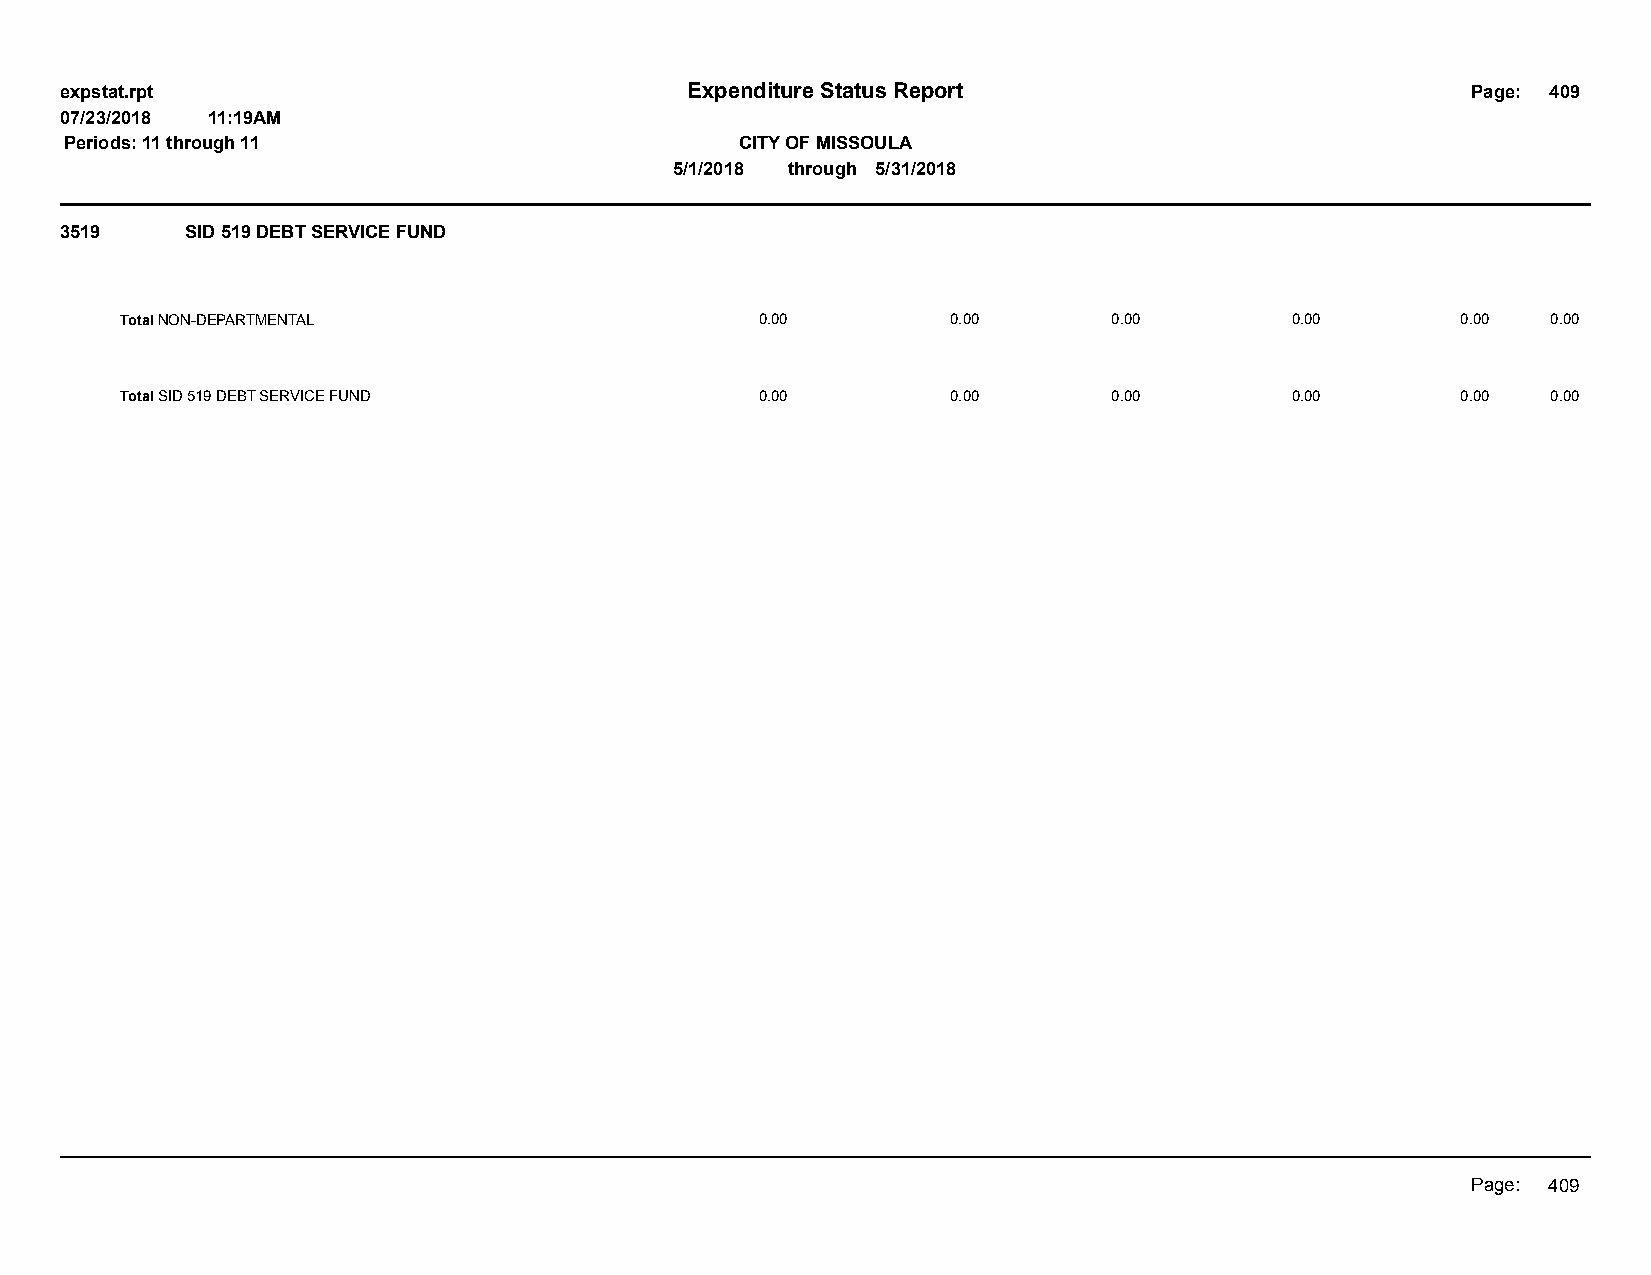
expstat.rpt                              Expenditure Status Report                           Page: 409
 07/23/2018 11:19AM
 Periods: 11 through 11                       CITY OF MISSOULA
 5/1/2018 through 5/31/2018
 3519    SID 519 DEBT SERVICE FUND
 Total NON-DEPARTMENTAL                    0.00         0.00       0.00       0.00        0.00  0.00
 Total SID 519 DEBT SERVICE FUND           0.00         0.00       0.00       0.00        0.00  0.00
 Page: 409